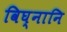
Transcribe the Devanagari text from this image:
विघ्नानि